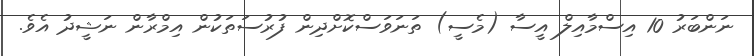
ނަންބަރު 10 އިސްމާއިލް އީސާ (މެސީ) ތަނަވަސްކޮށްދިން ފުރުސަތަކުން އިމްރާން ނަޝީދު އެވެ.